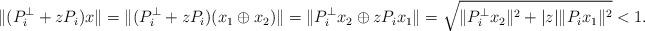
LaTeX: \begin{align*}\|(P_i^{\perp}+zP_i)x\|=\| (P_i^{\perp}+zP_i)(x_1 \oplus x_2) \|=\| P_i^{\perp}x_2 \oplus zP_ix_1 \|=\sqrt{\|P_i^{\perp}x_2\|^2+ |z|\|P_ix_1\|^2} <1.\end{align*}